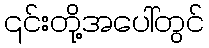
၎င်းတို့အပေါ်တွင်